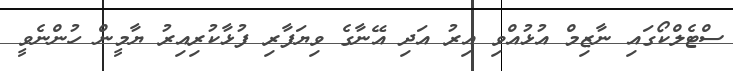
ސްޓެލްކޯގައި ނާޒިމް އުޅުއްވި އިރު އަދި އޭނާގެ ވިޔަފާރި ފުޅާކުރިއިރު ޔާމީން ހުންނެވީ